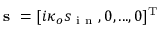
\textbf { s } = [ i \kappa _ { o } s _ { \mathrm { ~ i ~ n ~ } } , 0 , . . . , 0 ] ^ { \mathrm { T } }